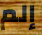
إلم